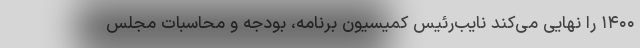
۱۴۰۰ را نهایی می‌کند نایب‌رئیس کمیسیون برنامه، بودجه و محاسبات مجلس